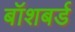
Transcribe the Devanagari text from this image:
बॉशबर्ड